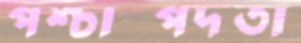
পশ্চাদ্পদতা